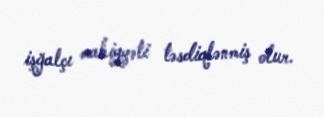
işğalçı mahiyyəti təsdiqlənmiş olur.